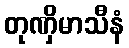
တုဏှိမာသီနံ